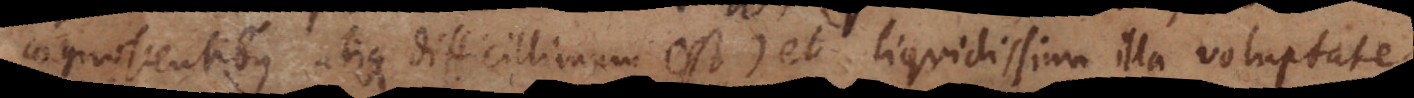
cognoscentibus utique difficillimum est) et liquidissima illa voluptate